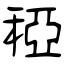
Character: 稏